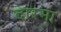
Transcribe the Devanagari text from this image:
दारमा